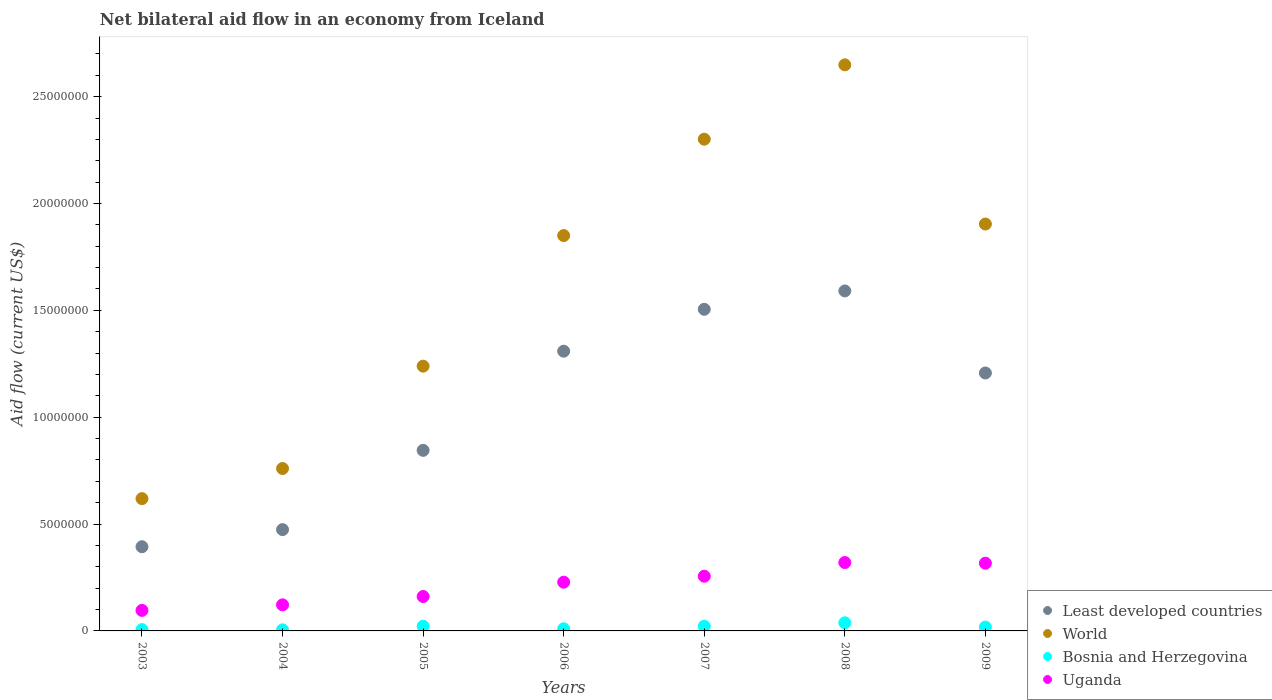
| Years | Least developed countries | World | Bosnia and Herzegovina | Uganda |
 | --- | --- | --- | --- | --- |
 | 2003 | 3.94e+06 | 6.19e+06 | 6e+04 | 9.6e+05 |
 | 2004 | 4.74e+06 | 7.6e+06 | 5e+04 | 1.22e+06 |
 | 2005 | 8.45e+06 | 1.24e+07 | 2.2e+05 | 1.61e+06 |
 | 2006 | 1.31e+07 | 1.85e+07 | 1e+05 | 2.28e+06 |
 | 2007 | 1.50e+07 | 2.3e+07 | 2.2e+05 | 2.56e+06 |
 | 2008 | 1.59e+07 | 2.65e+07 | 3.8e+05 | 3.2e+06 |
 | 2009 | 1.21e+07 | 1.9e+07 | 1.8e+05 | 3.17e+06 |